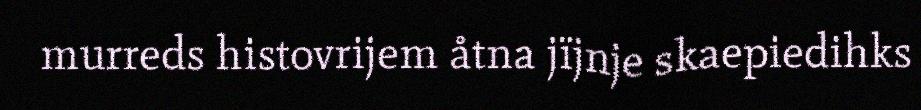
murreds histovrijem åtna jïjnje skaepiedihks